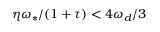
\eta \omega _ { \ast } / ( 1 + \tau ) < 4 \omega _ { d } / 3